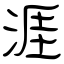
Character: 涯